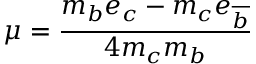
\mu = \frac { m _ { b } e _ { c } - m _ { c } e _ { \overline { { { b } } } } } { 4 m _ { c } m _ { b } } \; \; \;